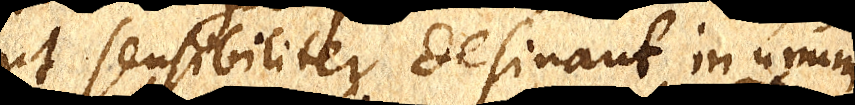
ut sensibiliter desinant in unum